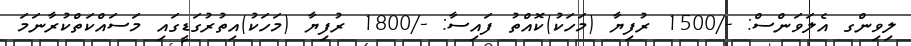
ލިވިންގ އެލަވަންސް: -/1500 ރުފިޔާ (މަހަކު)ކޮއްތު ފައިސާ: -/1800 ރުފިޔާ (މަހަކު)އިތުރުގަޑީގައި މަސައްކަތްކުރާނަމަ